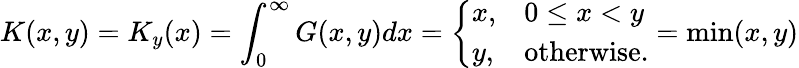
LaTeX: K(x,y)=K_{y}(x)=\int_{0}^{\infty}G(x,y)dx={\left\{ \begin{array}{ll}{x,}&{0\leq x<y}\\ {y,}&{{\mathrm{otherwise}}.}\end{array}\right.}=\operatorname*{min}(x,y)